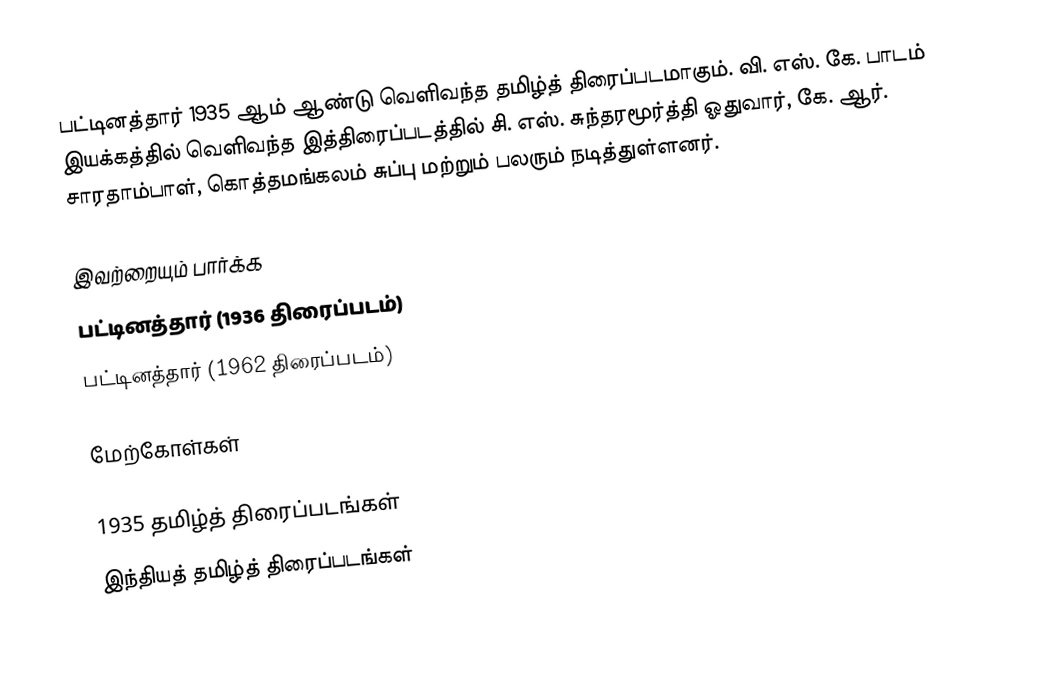
பட்டினத்தார் 1935 ஆம் ஆண்டு வெளிவந்த தமிழ்த் திரைப்படமாகும். வி. எஸ். கே. பாடம் இயக்கத்தில் வெளிவந்த இத்திரைப்படத்தில் சி. எஸ். சுந்தரமூர்த்தி ஓதுவார், கே. ஆர். சாரதாம்பாள், கொத்தமங்கலம் சுப்பு மற்றும் பலரும் நடித்துள்ளனர்.

இவற்றையும் பார்க்க
பட்டினத்தார் (1936 திரைப்படம்)
பட்டினத்தார் (1962 திரைப்படம்)

மேற்கோள்கள்

1935 தமிழ்த் திரைப்படங்கள்
இந்தியத் தமிழ்த் திரைப்படங்கள்